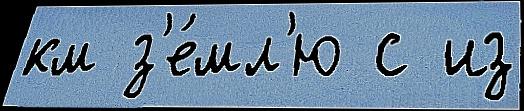
км з'е́мл'ю с из